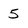
Character: 5